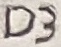
Text: D3